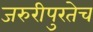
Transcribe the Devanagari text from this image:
जरुरीपुरतेच